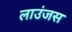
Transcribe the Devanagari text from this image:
लाउंजस